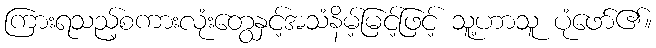
ကြားရသည့်စကားလုံးတွေနှင့်အသံနိမ့်မြင့်ဖြင့် သူ့ဟာသူ ပုံဖော်၏။